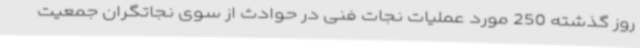
روز گذشته 250 مورد عملیات نجات فنی در حوادث از سوی نجاتگران جمعیت